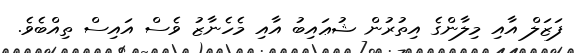
ފަޒަލް އާއި މިލާންގެ އިތުރުން ޝުޢައިބު އާއި މެހެނާޒު ވެސް އައިސް ތިއްބެވެ.